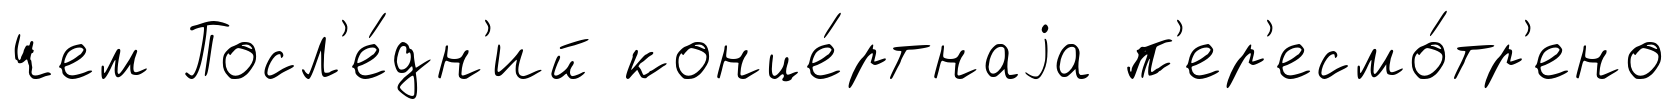
чем Посл'е́дн'ий конце́ртнаjа п'ер'есмо́тр'ено